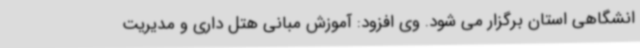
انشگاهی استان برگزار می شود. وی افزود: آموزش مبانی هتل داری و مدیریت